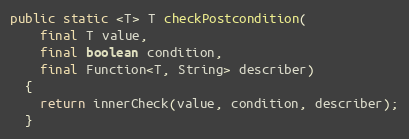
Language: Java
public static <T> T checkPostcondition(
    final T value,
    final boolean condition,
    final Function<T, String> describer)
  {
    return innerCheck(value, condition, describer);
  }